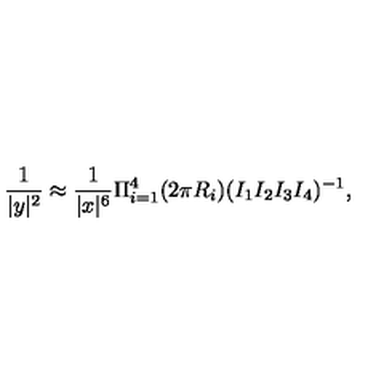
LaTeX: \frac { 1 } { | y | ^ { 2 } } \approx \frac { 1 } { | x | ^ { 6 } } \Pi _ { i = 1 } ^ { 4 } ( 2 \pi R _ { i } ) ( I _ { 1 } I _ { 2 } I _ { 3 } I _ { 4 } ) ^ { - 1 } ,